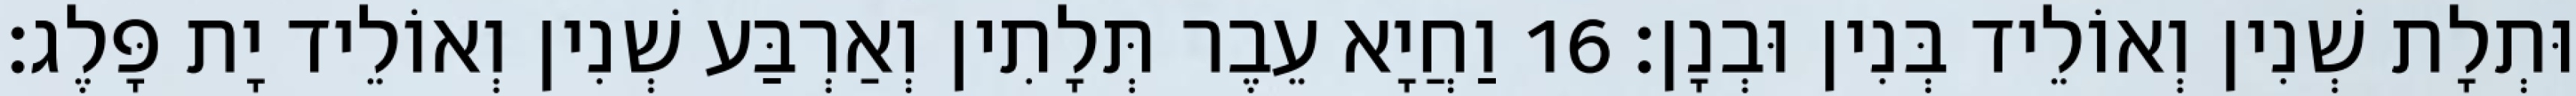
וּתְלָת שְׁנִין וְאוֹלֵיד בְּנִין וּבְנָן׃ 16 וַחֲיָא עֵבֶר תְּלָתִין וְאַרְבַּע שְׁנִין וְאוֹלֵיד יָת פָּלֶג׃